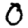
Digit: 0